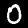
Digit: 0